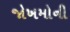
જોખમોની